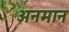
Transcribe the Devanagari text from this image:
अनमान